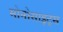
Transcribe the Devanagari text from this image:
मोनोसाइट्स